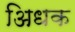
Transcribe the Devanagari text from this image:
अिधक